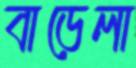
বাড়েলা